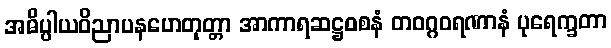
အဓိပ္ပါယဝိညာပနဟေတုတ္တာ အာကာရဆဋ္ဌဝစနံ တဝဂ္ဂဝရဏာနံ ပုရေက္ခတာ